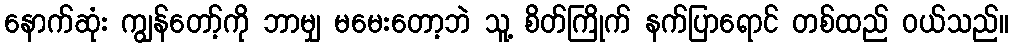
နောက်ဆုံး ကျွန်တော့်ကို ဘာမျှ မမေးတော့ဘဲ သူ့ စိတ်ကြိုက် နက်ပြာရောင် တစ်ထည် ဝယ်သည်။